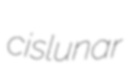
cislunar